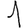
Digit: 1